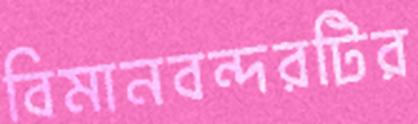
বিমানবন্দরটির